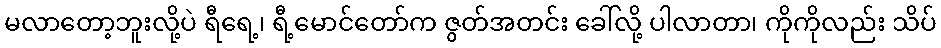
မလာတော့ဘူးလို့ပဲ ရီရေ့၊ ရီ့မောင်တော်က ဇွတ်အတင်း ခေါ်လို့ ပါလာတာ၊ ကိုကိုလည်း သိပ်